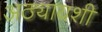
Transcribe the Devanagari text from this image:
अठ्यायशी